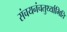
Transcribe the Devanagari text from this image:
संचयनंचतुर्थ्यामिति